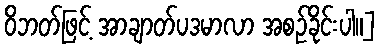
ဝိဘတ်ဖြင့် အာချာတ်ပဒမာလာ အစဉ်ခိုင်းပါ။]